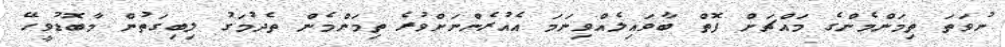
ނުވަތަ ތިމަންމެންގެ މައްޗަށް ފޮތް ބާވައިލެއްވިނަމަ އެއުރެންނަށްވުރެ ތިމަންމެން ތެދުމަގު ލިބިގަތުން މާބޮޑުވީހޭ